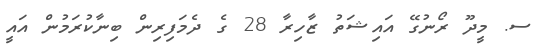
ސ. މީދޫ ރޯނުގޭ އައިޝަތު ޒާހިރާ 28 ގެ ދެމަފިރިން ބިނާކުރަމުން އައީ